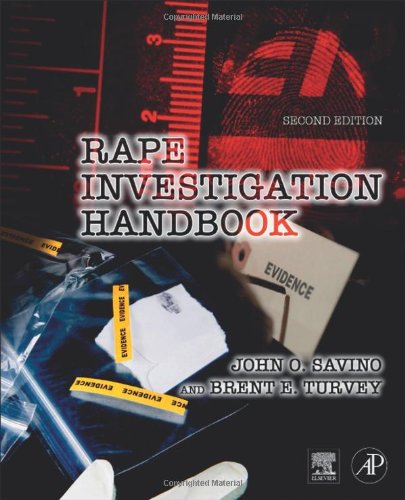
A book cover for Rape Investigation Handbook, Second Edition; Medical Books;